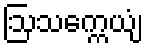
ဩသက္ကေယျံ